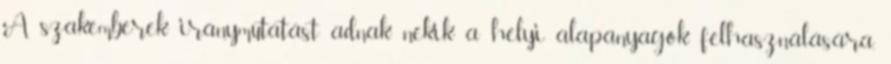
A szakemberek iránymutatást adnak nekik a helyi alapanyagok felhasználására,